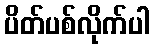
ပိတ်ပစ်လိုက်ပါ